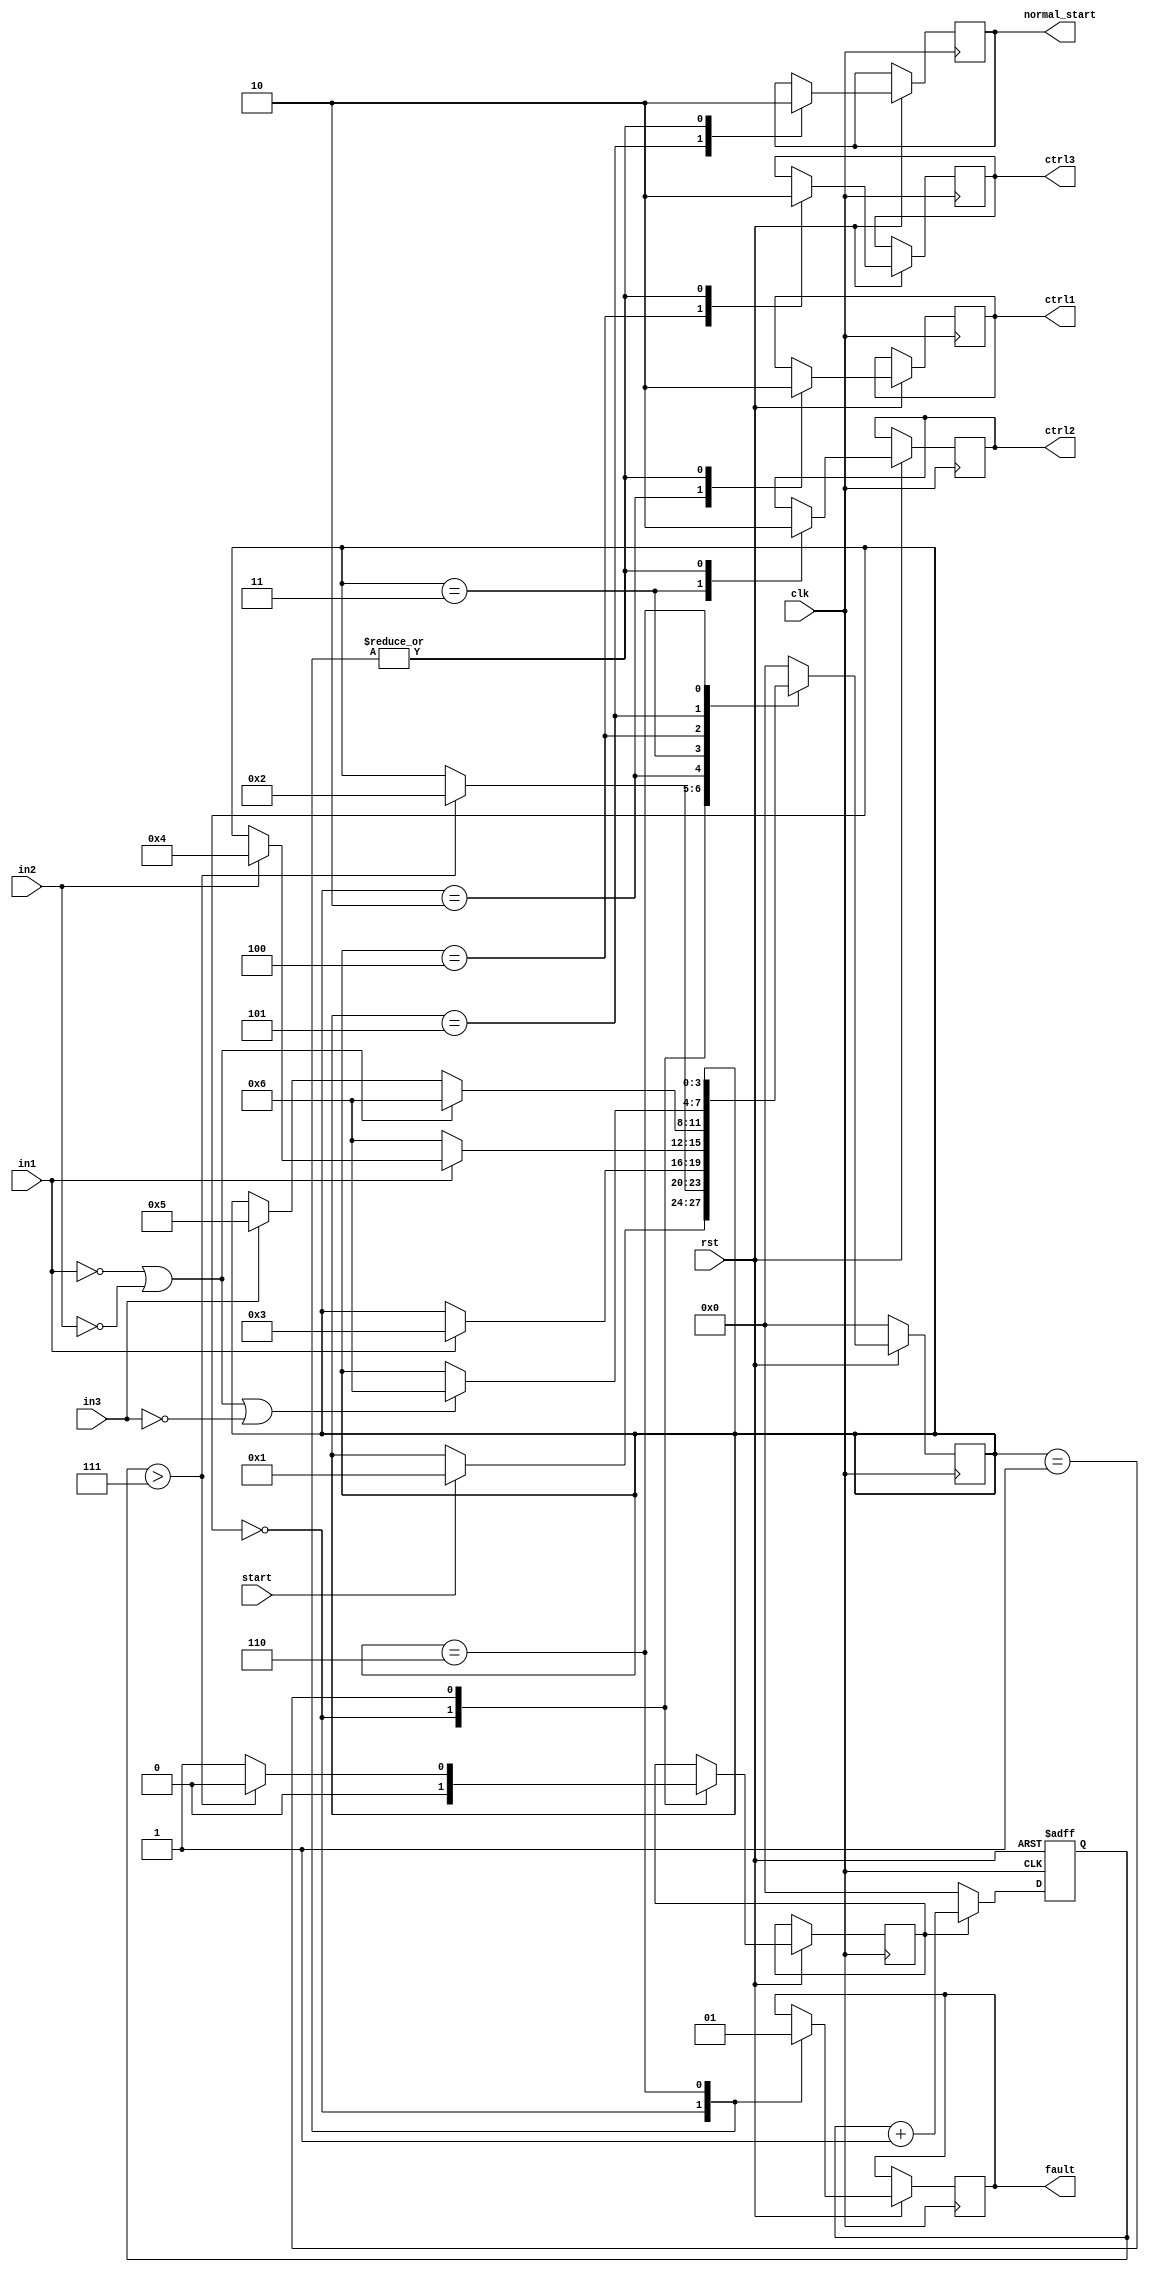
// Free running state machine

`timescale 1ps / 1ps
module multi_control_state_machine(clk, start, rst, in1, in2, in3, ctrl1, ctrl2, ctrl3, fault, normal_start);

input       clk, rst, start;
input       in1;      // input from remote unit 1
input       in2;      // input from remote unit 2
input       in3;      // input from remote unit 3
output reg  ctrl1,    // out to remote unit 1
            ctrl2,    // out to remote unit 2
            ctrl3;    // out to remote unit 3
output reg  fault;
output reg  normal_start;  // Normal state took place


reg count_start;
reg [3:0] count;
reg [3:0] state;


parameter  IDLE    =              4'h0,
           INITIAL =              4'h1,
           FIRST_CTROLLER_ON =    4'h2,
           SECOND_CONTROLLER_ON = 4'h3,
           THIRD_CONTROLLER_ON =  4'h4,
           NORMAL_START =         4'h5,
           FAULT =                4'h6;

initial count_start = 1'b0;

always@(posedge clk) begin
     if (~rst) state <= IDLE;
     else begin
     case(state)

        IDLE:                  begin
                                count_start   <= 1'b0;
                                ctrl1         <= 1'b0;
                                ctrl2         <= 1'b0;
                                ctrl3         <= 1'b0;
                                normal_start  <= 1'b0;
                                fault         <= 1'b0;
                                if(start) state <= INITIAL;
                               end

        INITIAL:               begin
                               count_start   <= 1'b1;
                               if (count > 4'h7) begin
                                 state       <= FIRST_CTROLLER_ON;
                                 count_start <= 1'b0;
                                 end
                               end

        FIRST_CTROLLER_ON:     begin
                               ctrl1                      <=  1'b1;
                               if(~rst) state             <=  IDLE;
                               else if(in1 == 1'b1) state <=  SECOND_CONTROLLER_ON;
                               end

        SECOND_CONTROLLER_ON:  begin
                               ctrl2                         <=  1'b1;
                               if(~rst) state                <=  IDLE;
                               else if (in1 == 1'b0) state   <=  FAULT;
                               else if (in2 == 1'b1) state   <= THIRD_CONTROLLER_ON;
                               end

        THIRD_CONTROLLER_ON :  begin
                               ctrl3                                     <=  1'b1;
                               if(~rst) state                            <=  IDLE;
                               else if (in1 == 1'b0 | in2 == 1'b0) state <=  FAULT;
                               else if (in3 == 1'b1) state               <= NORMAL_START;
                               end

        NORMAL_START        :  begin
                               normal_start                                             <=  1'b1;
                               if(~rst) state                                           <=  IDLE;
                               else if (in1 == 1'b0 | in2 == 1'b0 | in3 == 1'b0) state  <=  FAULT;
                               end

        FAULT               :  begin
                               fault           <=  1'b1;
                               ctrl1           <=  1'b0;
                               ctrl2           <=  1'b0;
                               ctrl3           <=  1'b0;
                               normal_start    <=  1'b0;
                               if(~rst) state  <=  IDLE;
                               end

                   default   :  state  <= IDLE;
   endcase
   end
end


 always @ ( posedge clk or negedge rst) begin
     if(~rst)              count  <=   4'h0;
     else if (count_start) count  <=   count + 1'b1;
     else                  count  <=   'd0;
 end
endmodule